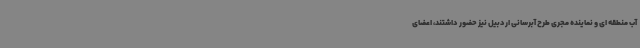
آب منطقه ای و نماینده مجری طرح آبرسانی اردبیل نیز حضور داشتند، اعضای